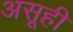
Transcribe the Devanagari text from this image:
असूही